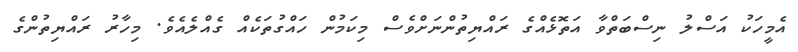
އެމީހަކު އަސްލު ނިސްބަތްވާ އަތޮޅެއްގެ ރައްޔިތުންނަށްވެސް މިކަމުން ހައްގުތަކެއް ގެއްލެއެވެ. މިހާރު ރައްޔިތުންގެ